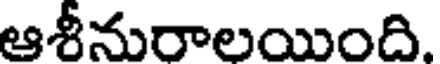
ఆశీనురాలయింది.